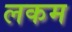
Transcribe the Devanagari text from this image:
लकम